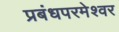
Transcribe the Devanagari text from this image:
प्रबंधपरमेश्वर